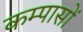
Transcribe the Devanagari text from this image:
कम्पासों